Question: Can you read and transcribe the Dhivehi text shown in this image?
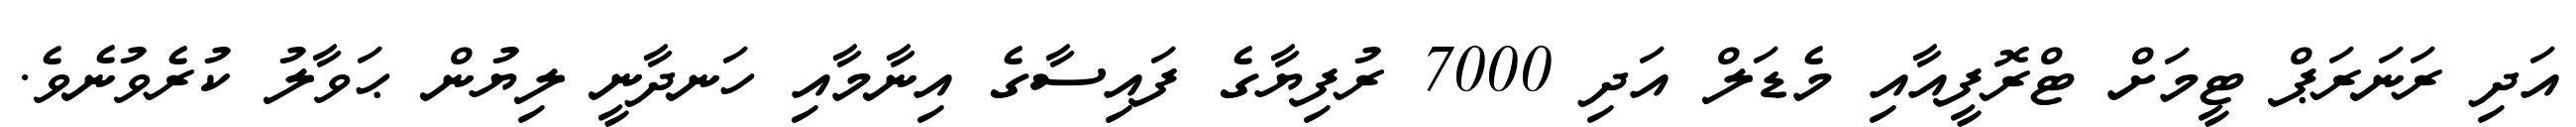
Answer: އަދި ރަނަރަޕް ޓީމަށް ޓްރޮފީއާއި މެޑަލް އަދި 7000 ރުފިޔާގެ ފައިސާގެ އިނާމާއި ހަނދާނީ ލިޔުން ޙަވާލު ކުރެވުނެވެ.